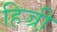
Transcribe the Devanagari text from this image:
हिज्री़